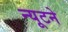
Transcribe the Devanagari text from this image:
न्यूटने